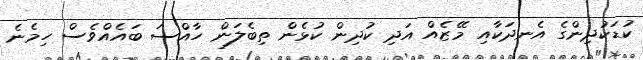
ކުޑަކުދިންގެ އެނދަކާއި މޭޒެއް އަދި ކުދިން ކުޅެން ތިބެލަން ހާއްސަ ބައެއްވެސް ހިމެނެ